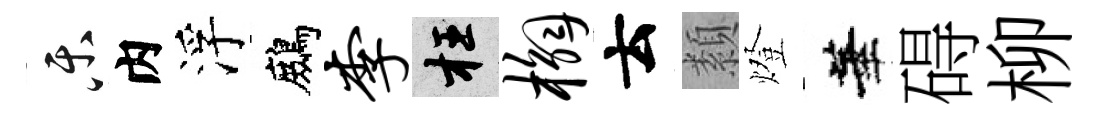
乐内浮鷓李枉槲云纇燈華碍柳